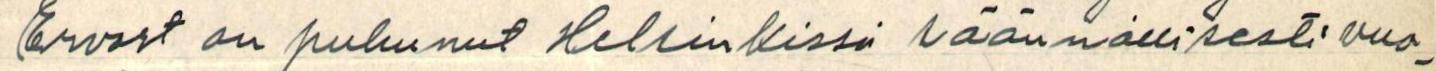
Ervast on puhunut Helsinkissä käännällisesti vuo-